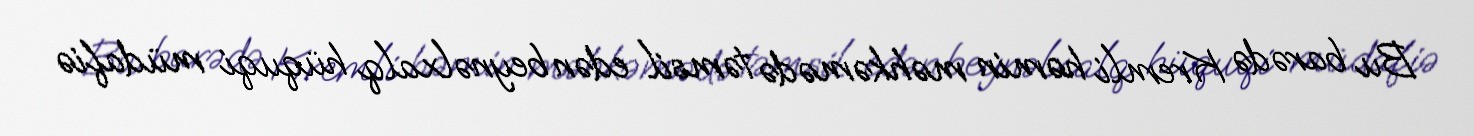
Bu barədə Kremli həmin məhkəmədə təmsil edən beynəlxalq hüquqi müdafiə